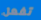
تفعل